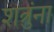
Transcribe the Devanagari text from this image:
शत्रुंना